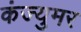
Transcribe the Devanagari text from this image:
कंज्युमर